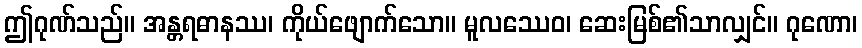
ဤဂုဏ်သည်။ အန္တရဓာနဿ၊ ကိုယ်ဖျောက်သော။ မူလဿေဝ၊ ဆေးမြစ်၏သာလျှင်။ ဂုဏော၊